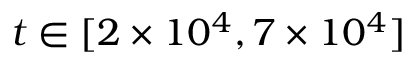
t \in [ 2 \times 1 0 ^ { 4 } , 7 \times 1 0 ^ { 4 } ]